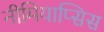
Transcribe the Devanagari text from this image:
नीमियाप्सिस